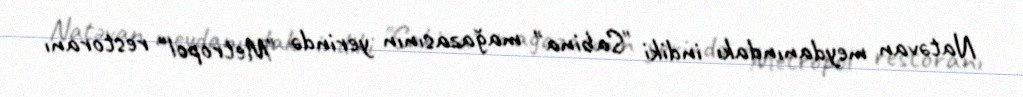
Natəvan meydanındakı indiki "Sabina" mağazasının yerində "Metropol" restoranı